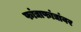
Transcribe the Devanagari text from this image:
फांद्याफांद्यांवर